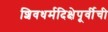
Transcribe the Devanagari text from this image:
शिवधर्मदिक्षेपूर्वीची